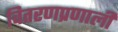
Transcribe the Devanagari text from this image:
वितरणप्रणाली